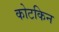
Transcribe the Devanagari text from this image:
कोटकिन